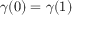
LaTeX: \gamma ( 0 ) = \gamma ( 1 )